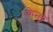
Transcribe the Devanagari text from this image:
केन्ड्रू